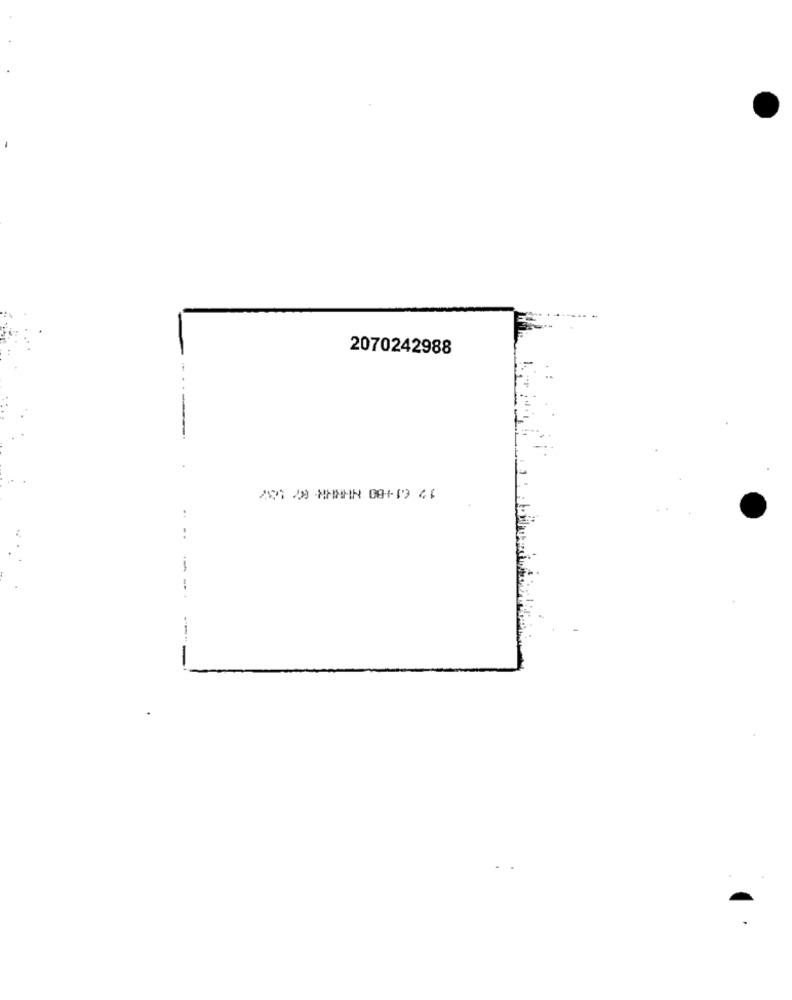
2070242988
12 61+80 HHHHR. 7 53
..
-